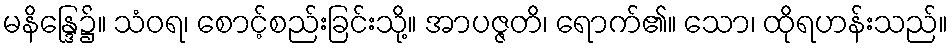
မနိန္ဒြေ၌။ သံဝရ၊ စောင့်စည်းခြင်းသို့။ အာပဇ္ဇတိ၊ ရောက်၏။ သော၊ ထိုရဟန်းသည်။